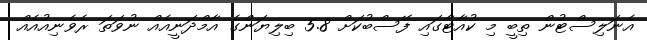
އެނަލިސްޓުން ތިބީ މި ކުއާޓާގައި ފޭސްބުކަށް 5.8 ބިލިޔަންގެ އާމްދަނީއެއް ނުވަތަ ރެވެނިއުއެއް